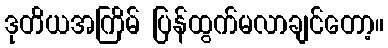
ဒုတိယအကြိမ် ပြန်ထွက်မလာချင်တော့။